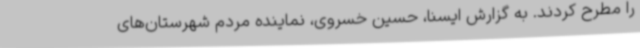
را مطرح کردند. به گزارش ایسنا، حسین خسروی، نماینده مردم شهرستان‌های